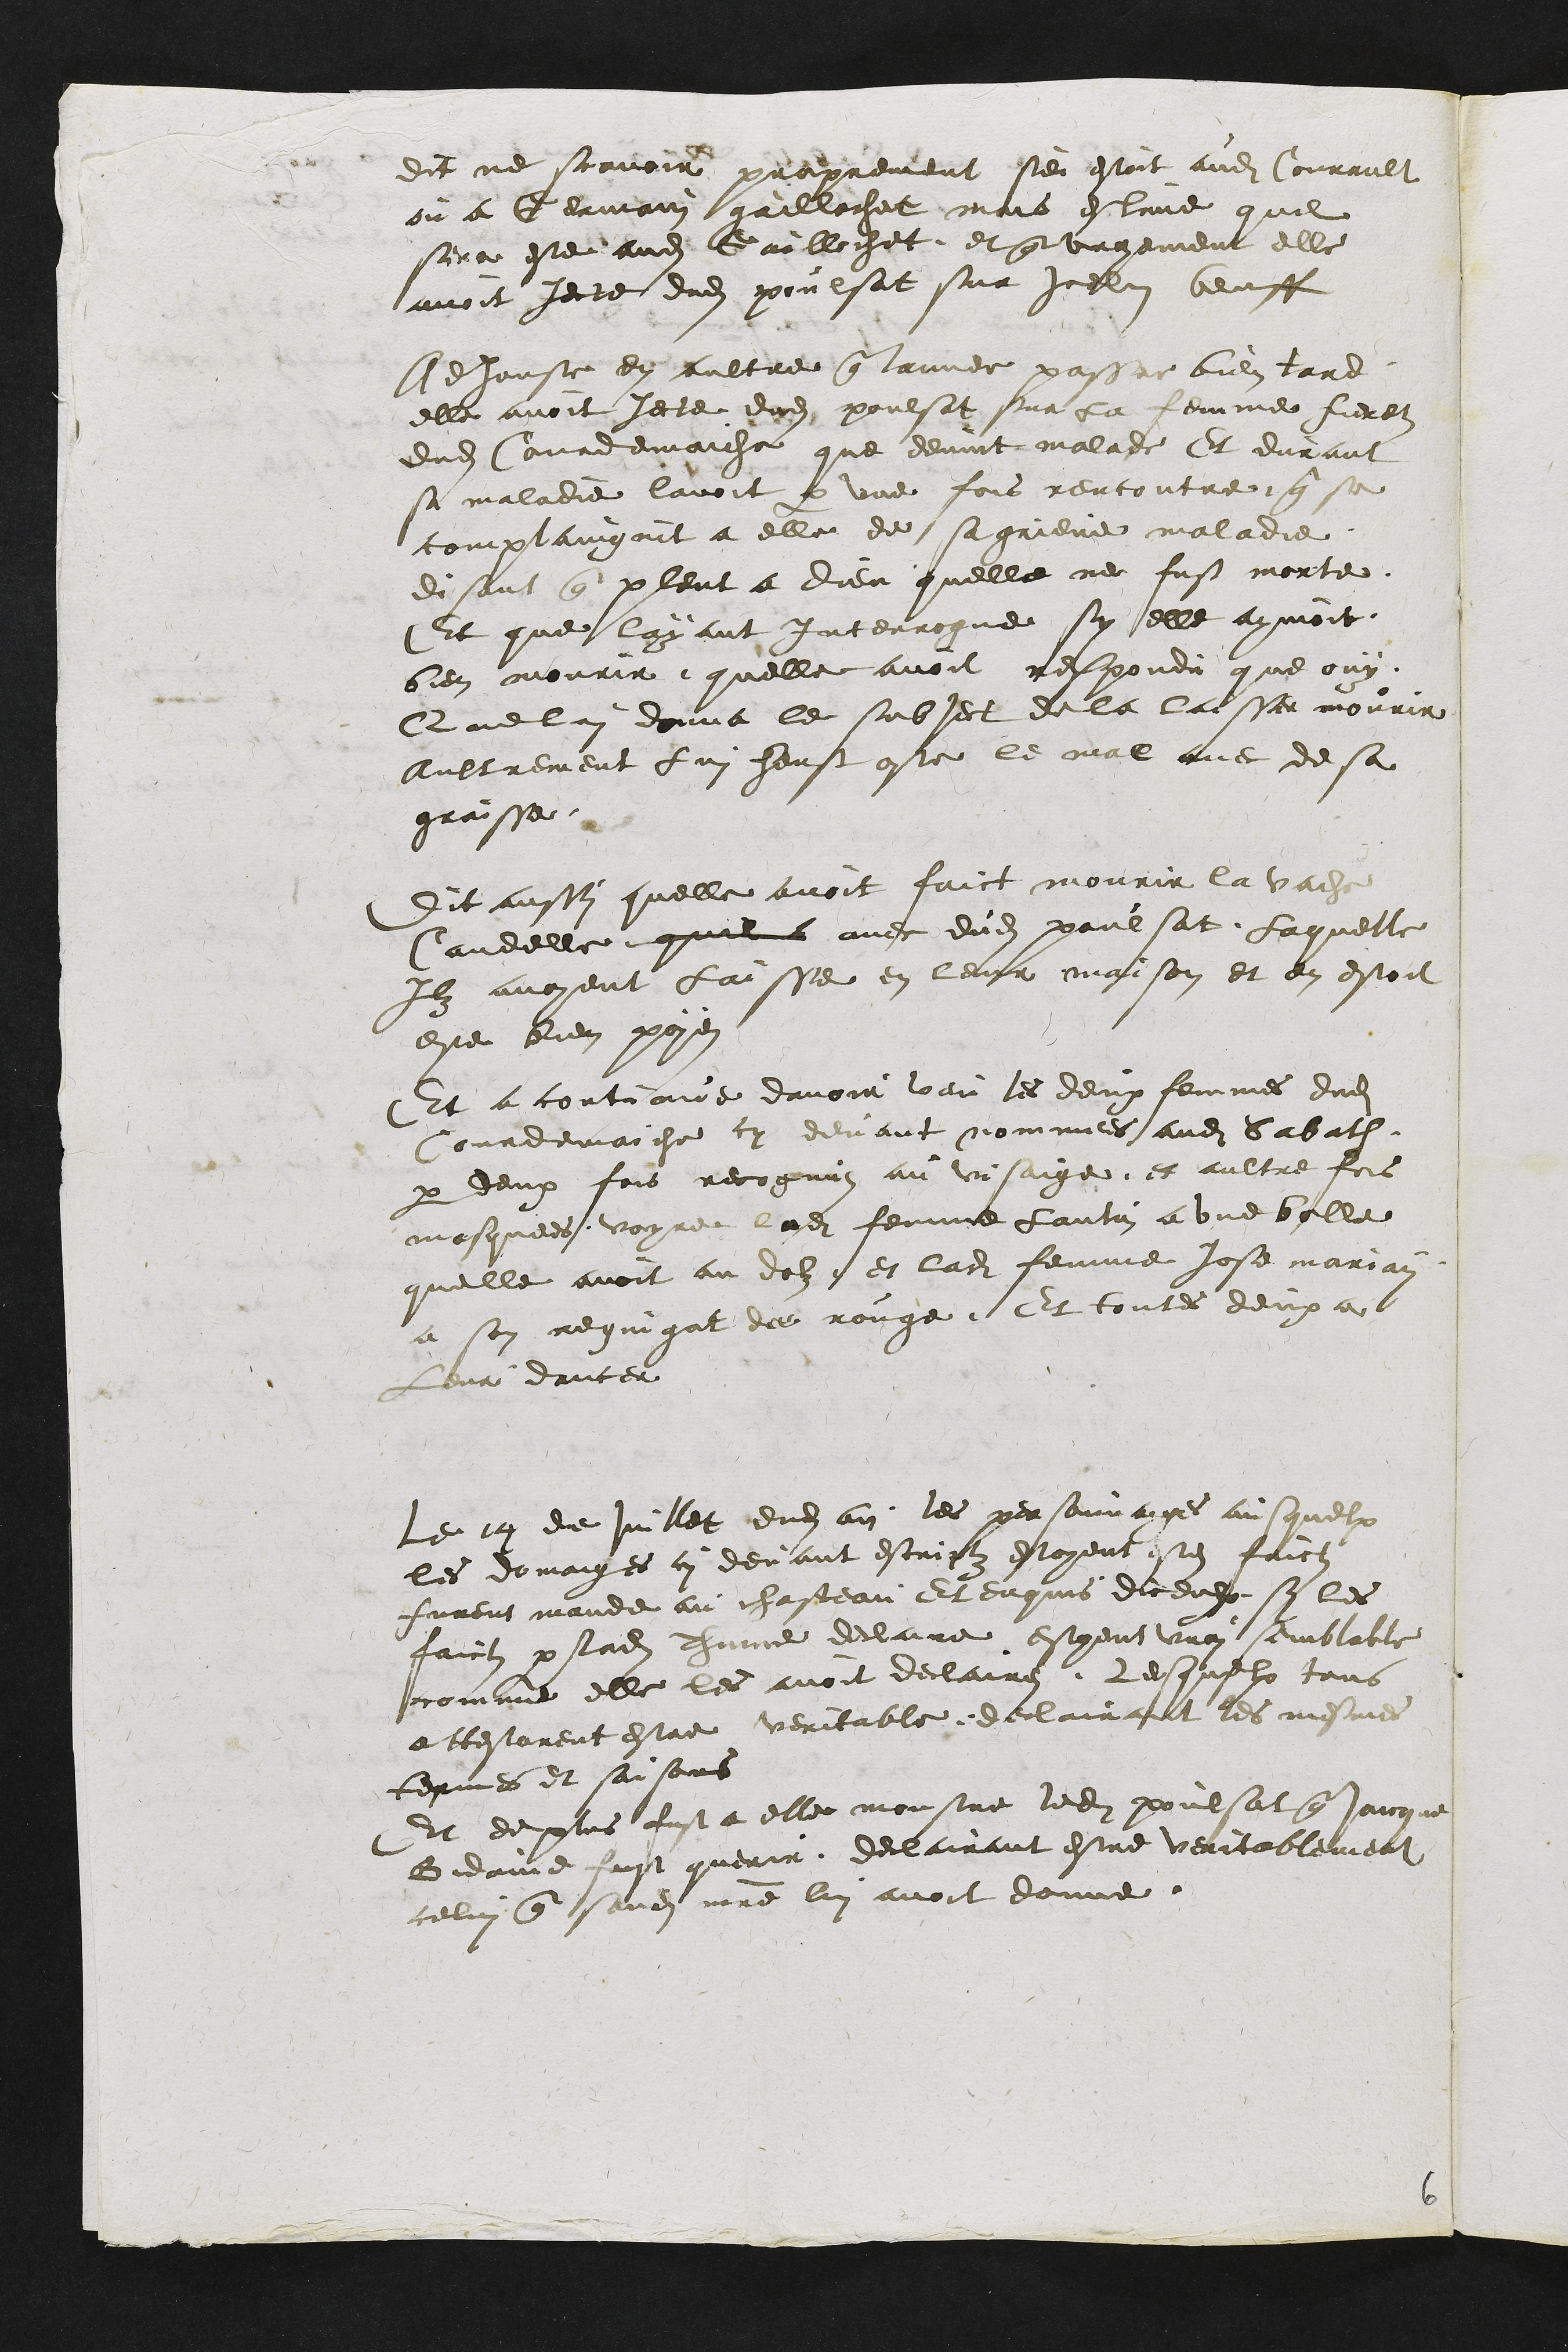
dit ne scavoir proprement se estoit audit Courrault
ou a Germain gaillochet mais estime que
sera este audit Gaillochet et que vrayement elle
avoit jecte dudit poulsat sur icelui beuff
Adjouste en aultre que lannee passee bien tard
elle avoit jecte dudit poulsat sur la femme fieretz
dudit Courdemaiche que devint malade Et durant
sa maladie lavoit par une fois rencontre que se
complaingnit a elle de sa grieve maladie
disant que pleut a dieu quelle ne fust morte
Et que layant interrogue sy elle aymoit
bien mourir quelle avoit respondu que ouy
Que lui donna le subject de la laisse mourir
Aultrement lui heust oste le mal avec de sa
graisse
Dit aussy quelle avoit faict mourir la vache
Candelle quil a avec dudit poulsat Laquelle
Ilz avoyent laisse en leur maison et en estoit
este bien poyes
Et a contraire davoir veu les deux femmes dudit
Courdemaiche cy devant nommees audit Sabath
par deux fois recognuz au visaige et aultre fois
masquees voyre ladite femme lantin a une bolle
quelle avoit au dolz et ladite femme jose mariay
a son requigat de rouge Et toutes deux a
Leur dance
Le 14 de Juillet dudit an les personnaiges ausquelx
les domaiges cy devant escriptz estoyent estes faicts
furent mande au chasteau Et enquis diceulx sy les
faictz parladite Thinne declaire estoient vrai semblable
comme elle les avoit declaires Lesquelx tous
attestarent estre veritable declairant les mesmes
termes et saisons
Et de plus fust a elle monstre ledit poulsat que Jaicque
Bidaine fust querir declairant estre veritablement
celui que sondit maitre lui avoit donne